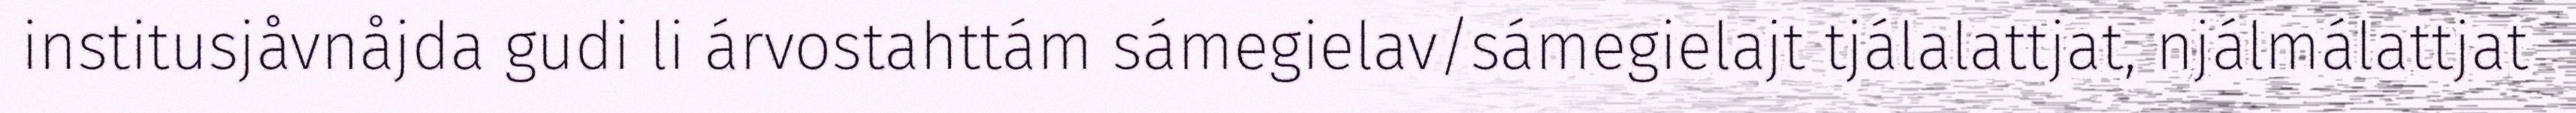
institusjåvnåjda gudi li árvostahttám sámegielav/sámegielajt tjálalattjat, njálmálattjat